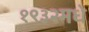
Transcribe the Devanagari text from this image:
१९३२मधे